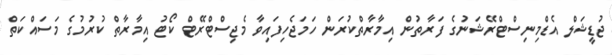
ޖުޑީޝަލް އެޑްމިނިސްޓްރޭޝަނުގެ ފަރާތުން އިމާރާތްކުރަން ހަމަޖެހިފައިވާ މެޖިސްޓްރޭޓް ކޯޓު އިމާރާތް ކުރުމުގެ މަސައްކަތް